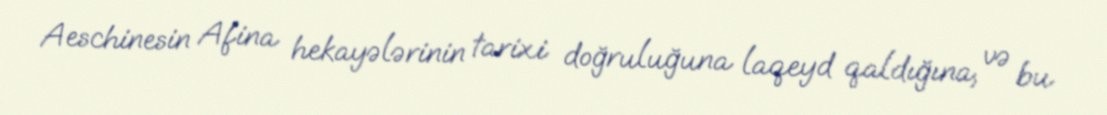
Aeschinesin Afina hekayələrinin tarixi doğruluğuna laqeyd qaldığına, və bu